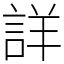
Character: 詳